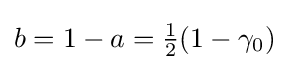
{\textstyle b=1-a={\tfrac {1}{2}}(1-\gamma _{0})}